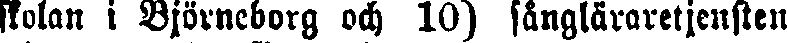
skolan i Björneborg och 10) sångläraretjensten